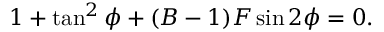
1 + \tan ^ { 2 } { \phi } + ( B - 1 ) F \sin { 2 \phi } = 0 .